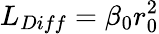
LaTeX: L_{Diff}=\beta_{0}r_{0}^{2}